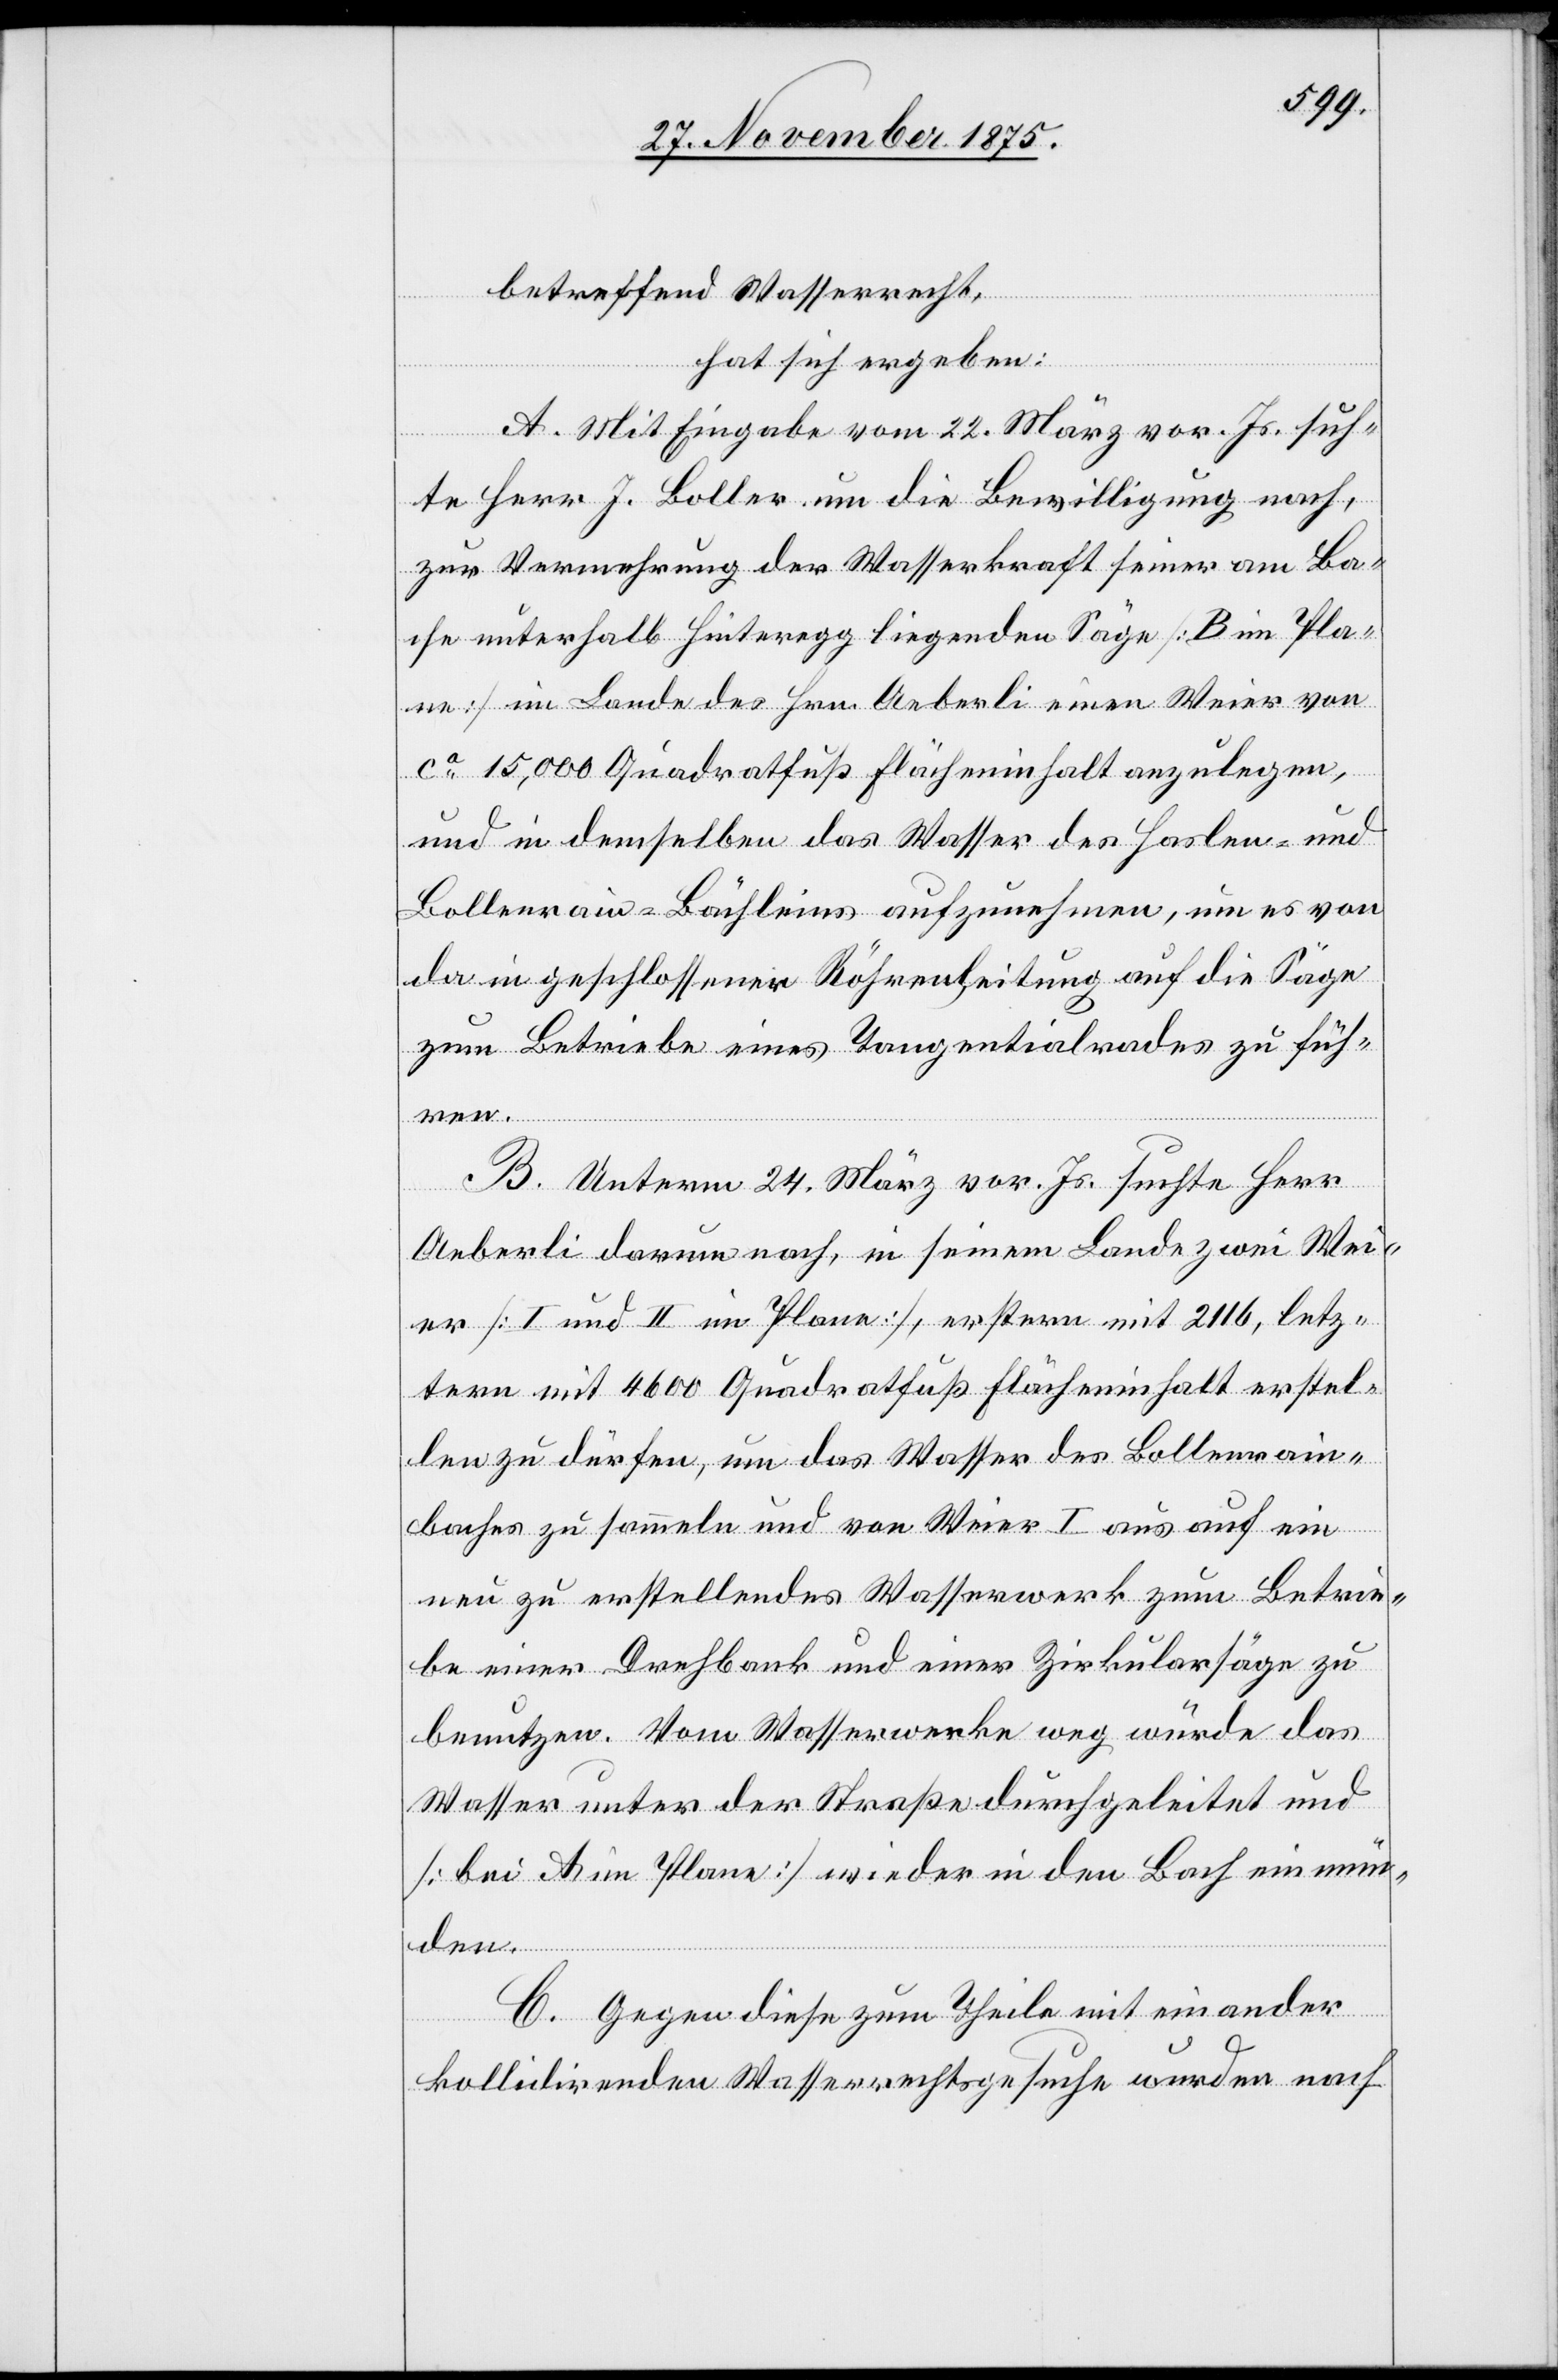
betreffend Wasserrecht,
hat sich ergeben:
A. Mit Eingabe vom 22. März vor. Js. such¬
te Herr J. Boller um die Bewilligung nach,
zur Vermehrung der Wasserkraft seiner am Ba¬
che unterhalb Hinteregg liegenden Säge [B im Pla¬
ne] im Lande des Hrn. Aeberli einen Weier von
ca 15,000 Quadratfuß Flächeninhalt anzulegen,
und in demselben das Wasser des Haslen- und
Bollenrain-Bächleins aufzunehmen, um es von
da in geschlossener Röhrenleitung auf die Säge
zum Betriebe eines Tangentialrades zu füh¬
ren.
B. Unterm 24. März vor. Js. suchte Herr
Aeberli darum nach, in seinem Lande zwei Wei¬
er [I und II im Plane], erstern mit 2116, letz¬
tern mit 4600 Quadratfuß Flächeninhalt erstel¬
len zu dürfen, um das Wasser des Bollenrain¬
baches zu sammeln und von Weier I aus auf ein
neu zu erstellendes Wasserwerk zum Betrie¬
be einer Drehbank und einer Zirkularsäge zu
benutzen. Vom Wasserwerke weg würde das
Wasser unter der Straße durchgeleitet und
[bei A im Plane] wieder in den Bach ein mün¬
den.
C. Gegen diese zum Theile mit einander
kollidirenden Wasserrechtsgesuche wurden nach